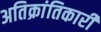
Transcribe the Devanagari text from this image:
अतिक्रांतिकारी